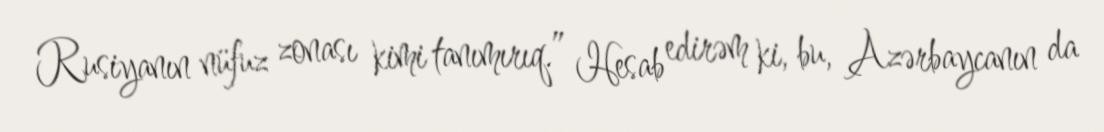
Rusiyanın nüfuz zonası kimi tanımırıq.” Hesab edirəm ki, bu, Azərbaycanın da